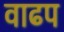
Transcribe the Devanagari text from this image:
वाढप